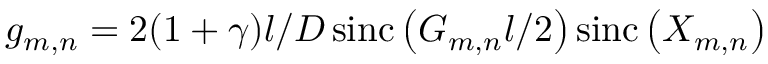
g _ { m , n } = 2 ( 1 + \gamma ) l / D \operatorname { s i n c } \left( G _ { m , n } l / 2 \right) \operatorname { s i n c } \left( X _ { m , n } \right)